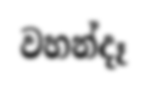
වහන්දෑ